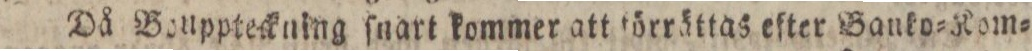
Då Bouppteckning ſnart kommer att förrättas efter Banko=Kom=